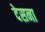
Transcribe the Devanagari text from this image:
देसना